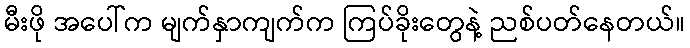
မီးဖို အပေါ်က မျက်နှာကျက်က ကြပ်ခိုးတွေနဲ့ ညစ်ပတ်နေတယ်။